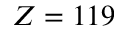
Z = 1 1 9